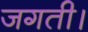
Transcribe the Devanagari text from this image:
जगती।